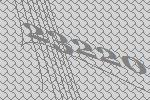
23220